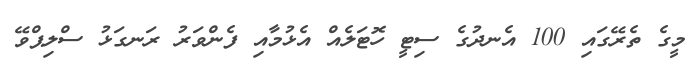
މީގެ ތެރޭގައި 100 އެނދުގެ ސިޓީ ހޮޓަލެއް އެޅުމާއި ފެންވަރު ރަނގަޅު ސްލިޕްވޭ